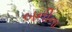
બનીના